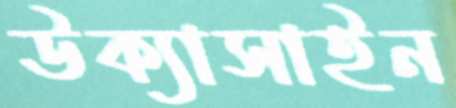
উক্যাসাইন